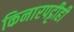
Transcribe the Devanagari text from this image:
किनारपट्टीही